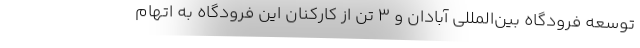
توسعه فرودگاه بین‌المللی آبادان و ٣ تن از کارکنان این فرودگاه به اتهام